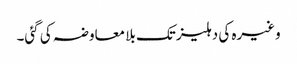
وغیرہ کی دہلیز تک بلا معاوضہ کی گئی۔